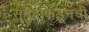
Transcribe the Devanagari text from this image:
समुद्राकडूनची